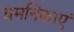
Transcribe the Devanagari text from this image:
धमनिकाएं